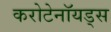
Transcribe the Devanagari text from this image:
करोटेनॉयड्स